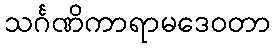
သင်္ဂဏိကာရာမဒေဝတာ